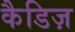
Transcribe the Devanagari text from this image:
कैडिज़